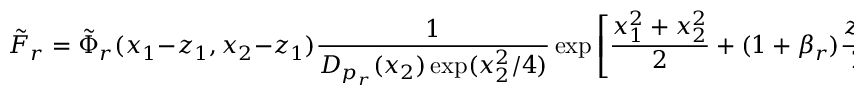
\tilde { F } _ { r } = \tilde { \Phi } _ { r } ( x _ { 1 } - z _ { 1 } , x _ { 2 } - z _ { 1 } ) \frac { 1 } { D _ { p _ { r } } ( x _ { 2 } ) \exp ( x _ { 2 } ^ { 2 } / 4 ) } \exp \left[ \frac { x _ { 1 } ^ { 2 } + x _ { 2 } ^ { 2 } } { 2 } + ( 1 + \beta _ { r } ) \frac { z _ { 1 } ^ { 2 } } { 2 } \right]